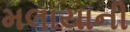
મલાયાની